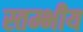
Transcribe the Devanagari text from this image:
स्तम्भीय